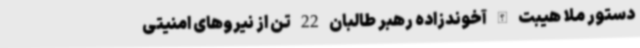
دستور ملا هیبت الله آخوندزاده رهبر طالبان 22 تن از نیروهای امنیتی